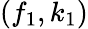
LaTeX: (f_{1},k_{1})